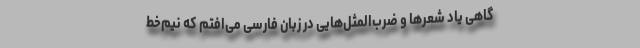
‌گاهی یاد شعرها و ضرب‌‌المثل‌هایی در زبان فارسی می‌افتم که نیم‌خط